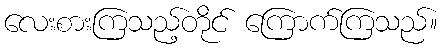
လေးစားကြသည့်တိုင် ကြောက်ကြသည်။